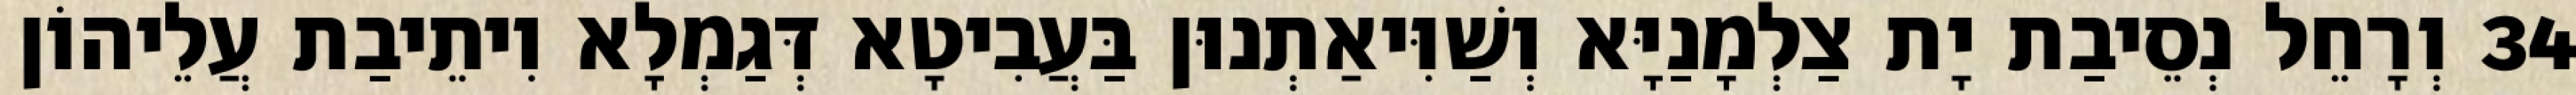
34 וְרָחֵל נְסֵיבַת יָת צַלְמָנַיָּא וְשַׁוִּיאַתְנוּן בַּעֲבִיטָא דְּגַמְלָא וִיתֵיבַת עֲלֵיהוֹן